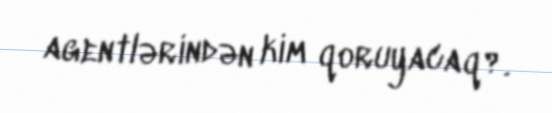
agentlərindən kim qoruyacaq?.